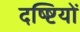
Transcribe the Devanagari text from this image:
दष्ष्टियों